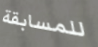
للمسابقة